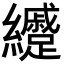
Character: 𦇰